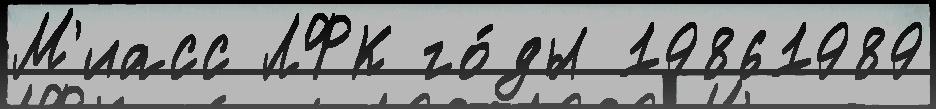
М'иасс ЛФК го́ды 19861989